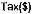
TAX($)